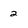
Character: 2